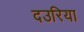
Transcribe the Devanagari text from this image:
दउरिया